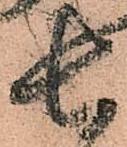
七